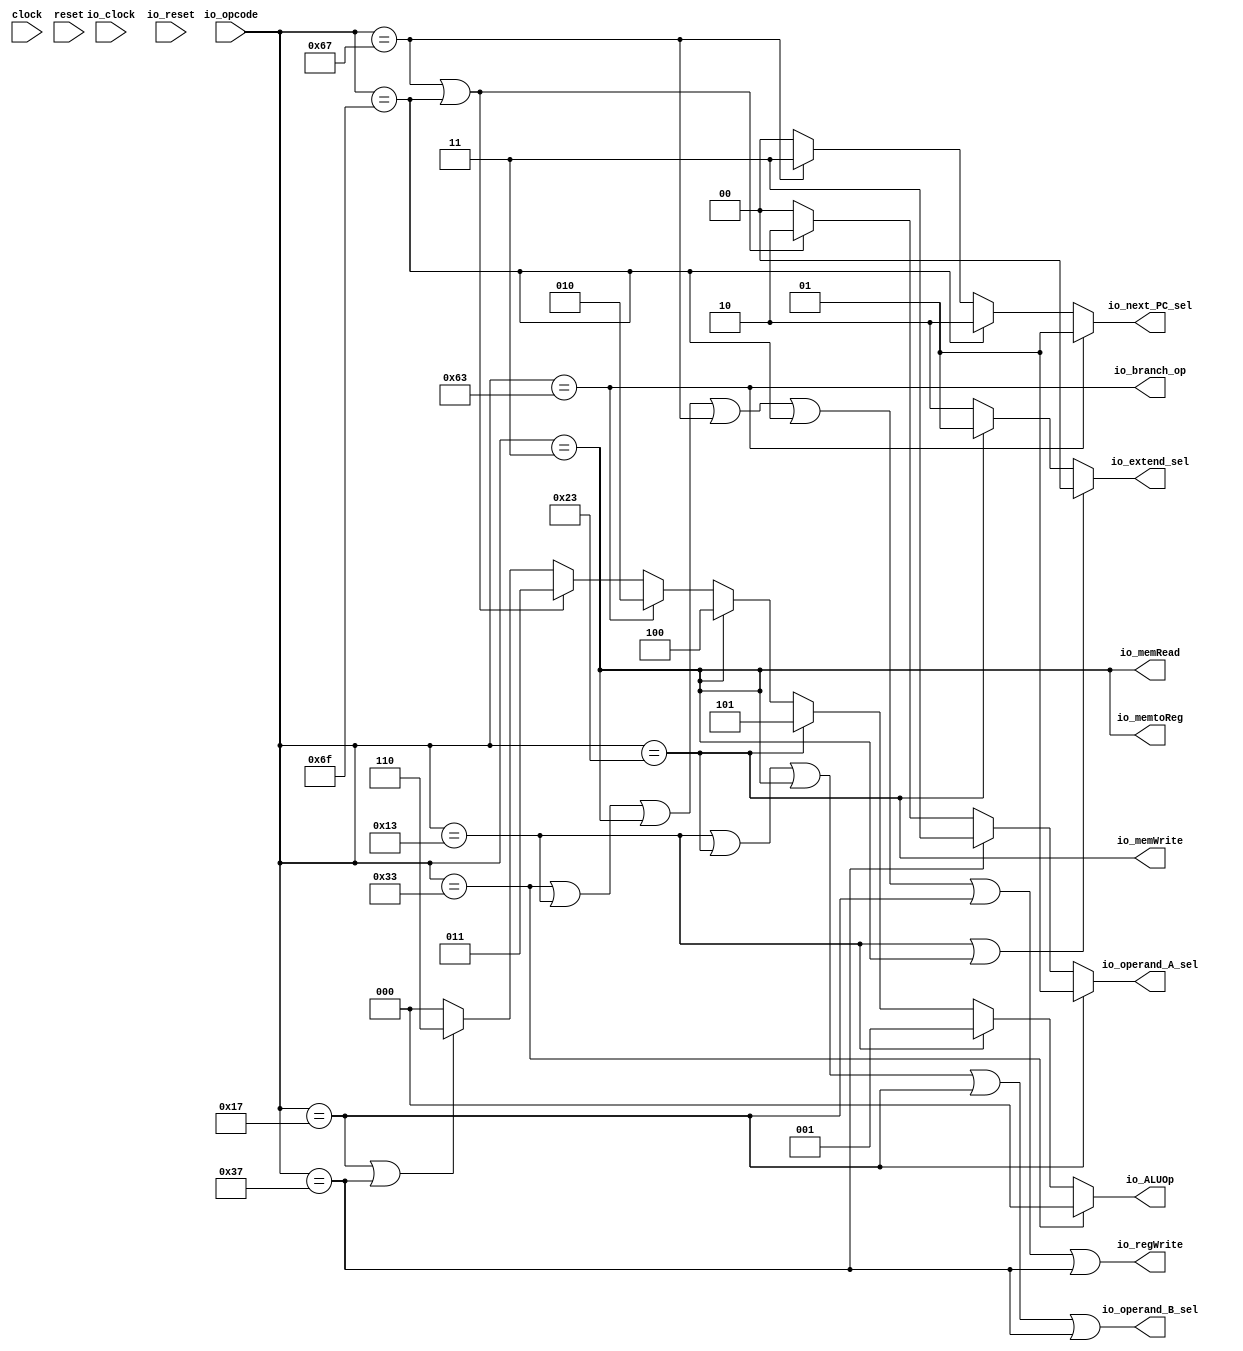
module control_unit( // @[:@3.2]
  input        clock, // @[:@4.4]
  input        reset, // @[:@5.4]
  input        io_clock, // @[:@6.4]
  input        io_reset, // @[:@6.4]
  input  [6:0] io_opcode, // @[:@6.4]
  output       io_branch_op, // @[:@6.4]
  output       io_memRead, // @[:@6.4]
  output       io_memtoReg, // @[:@6.4]
  output [2:0] io_ALUOp, // @[:@6.4]
  output [1:0] io_next_PC_sel, // @[:@6.4]
  output [1:0] io_operand_A_sel, // @[:@6.4]
  output       io_operand_B_sel, // @[:@6.4]
  output [1:0] io_extend_sel, // @[:@6.4]
  output       io_memWrite, // @[:@6.4]
  output       io_regWrite // @[:@6.4]
);
  wire  _T_31; // @[control_unit.scala 43:20:@8.4]
  wire  _T_32; // @[control_unit.scala 43:46:@9.4]
  wire  _T_33; // @[control_unit.scala 43:32:@10.4]
  wire  _T_34; // @[control_unit.scala 43:72:@11.4]
  wire  _T_35; // @[control_unit.scala 43:58:@12.4]
  wire  _T_36; // @[control_unit.scala 44:23:@13.4]
  wire  _T_37; // @[control_unit.scala 44:9:@14.4]
  wire  _T_38; // @[control_unit.scala 44:47:@15.4]
  wire  _T_39; // @[control_unit.scala 44:33:@16.4]
  wire  _T_40; // @[control_unit.scala 44:70:@17.4]
  wire  _T_41; // @[control_unit.scala 44:56:@18.4]
  wire  _T_42; // @[control_unit.scala 45:23:@19.4]
  wire  _T_46; // @[control_unit.scala 51:19:@27.4]
  wire  _T_49; // @[control_unit.scala 57:19:@34.4]
  wire  _T_70; // @[control_unit.scala 85:38:@82.14]
  wire  _T_74; // @[control_unit.scala 87:38:@89.16]
  wire [2:0] _GEN_5; // @[control_unit.scala 87:61:@90.16]
  wire [2:0] _GEN_6; // @[control_unit.scala 85:61:@83.14]
  wire [2:0] _GEN_7; // @[control_unit.scala 83:37:@76.12]
  wire [2:0] _GEN_8; // @[control_unit.scala 81:35:@71.10]
  wire [2:0] _GEN_9; // @[control_unit.scala 79:36:@66.8]
  wire [2:0] _GEN_10; // @[control_unit.scala 77:37:@61.6]
  wire [1:0] _GEN_12; // @[control_unit.scala 97:61:@109.8]
  wire [1:0] _GEN_13; // @[control_unit.scala 95:34:@102.6]
  wire  _T_88; // @[control_unit.scala 103:33:@117.4]
  wire  _T_90; // @[control_unit.scala 103:57:@119.4]
  wire  _T_92; // @[control_unit.scala 104:31:@121.4]
  wire  _T_99; // @[control_unit.scala 111:33:@132.4]
  wire [1:0] _GEN_17; // @[control_unit.scala 113:38:@138.6]
  wire [1:0] _GEN_19; // @[control_unit.scala 125:36:@162.8]
  wire [1:0] _GEN_20; // @[control_unit.scala 123:36:@157.6]
  assign _T_31 = io_opcode == 7'h33; // @[control_unit.scala 43:20:@8.4]
  assign _T_32 = io_opcode == 7'h13; // @[control_unit.scala 43:46:@9.4]
  assign _T_33 = _T_31 | _T_32; // @[control_unit.scala 43:32:@10.4]
  assign _T_34 = io_opcode == 7'h3; // @[control_unit.scala 43:72:@11.4]
  assign _T_35 = _T_33 | _T_34; // @[control_unit.scala 43:58:@12.4]
  assign _T_36 = io_opcode == 7'h67; // @[control_unit.scala 44:23:@13.4]
  assign _T_37 = _T_35 | _T_36; // @[control_unit.scala 44:9:@14.4]
  assign _T_38 = io_opcode == 7'h6f; // @[control_unit.scala 44:47:@15.4]
  assign _T_39 = _T_37 | _T_38; // @[control_unit.scala 44:33:@16.4]
  assign _T_40 = io_opcode == 7'h17; // @[control_unit.scala 44:70:@17.4]
  assign _T_41 = _T_39 | _T_40; // @[control_unit.scala 44:56:@18.4]
  assign _T_42 = io_opcode == 7'h37; // @[control_unit.scala 45:23:@19.4]
  assign _T_46 = io_opcode == 7'h23; // @[control_unit.scala 51:19:@27.4]
  assign _T_49 = io_opcode == 7'h63; // @[control_unit.scala 57:19:@34.4]
  assign _T_70 = _T_36 | _T_38; // @[control_unit.scala 85:38:@82.14]
  assign _T_74 = _T_40 | _T_42; // @[control_unit.scala 87:38:@89.16]
  assign _GEN_5 = _T_74 ? 3'h6 : 3'h0; // @[control_unit.scala 87:61:@90.16]
  assign _GEN_6 = _T_70 ? 3'h3 : _GEN_5; // @[control_unit.scala 85:61:@83.14]
  assign _GEN_7 = _T_49 ? 3'h2 : _GEN_6; // @[control_unit.scala 83:37:@76.12]
  assign _GEN_8 = _T_34 ? 3'h4 : _GEN_7; // @[control_unit.scala 81:35:@71.10]
  assign _GEN_9 = _T_46 ? 3'h5 : _GEN_8; // @[control_unit.scala 79:36:@66.8]
  assign _GEN_10 = _T_32 ? 3'h1 : _GEN_9; // @[control_unit.scala 77:37:@61.6]
  assign _GEN_12 = _T_70 ? 2'h2 : 2'h0; // @[control_unit.scala 97:61:@109.8]
  assign _GEN_13 = _T_42 ? 2'h3 : _GEN_12; // @[control_unit.scala 95:34:@102.6]
  assign _T_88 = _T_32 | _T_46; // @[control_unit.scala 103:33:@117.4]
  assign _T_90 = _T_88 | _T_34; // @[control_unit.scala 103:57:@119.4]
  assign _T_92 = _T_90 | _T_40; // @[control_unit.scala 104:31:@121.4]
  assign _T_99 = _T_32 | _T_34; // @[control_unit.scala 111:33:@132.4]
  assign _GEN_17 = _T_46 ? 2'h1 : 2'h2; // @[control_unit.scala 113:38:@138.6]
  assign _GEN_19 = _T_36 ? 2'h3 : 2'h0; // @[control_unit.scala 125:36:@162.8]
  assign _GEN_20 = _T_38 ? 2'h2 : _GEN_19; // @[control_unit.scala 123:36:@157.6]
  assign io_branch_op = io_opcode == 7'h63; // @[control_unit.scala 58:18:@36.6 control_unit.scala 60:18:@39.6]
  assign io_memRead = io_opcode == 7'h3; // @[control_unit.scala 64:16:@43.6 control_unit.scala 66:16:@46.6]
  assign io_memtoReg = io_opcode == 7'h3; // @[control_unit.scala 70:17:@50.6 control_unit.scala 72:17:@53.6]
  assign io_ALUOp = _T_31 ? 3'h0 : _GEN_10; // @[control_unit.scala 76:14:@57.6 control_unit.scala 78:14:@62.8 control_unit.scala 80:14:@67.10 control_unit.scala 82:14:@72.12 control_unit.scala 84:14:@77.14 control_unit.scala 86:14:@84.16 control_unit.scala 88:14:@91.18 control_unit.scala 90:14:@94.18]
  assign io_next_PC_sel = _T_49 ? 2'h1 : _GEN_20; // @[control_unit.scala 122:20:@153.6 control_unit.scala 124:20:@158.8 control_unit.scala 126:20:@163.10 control_unit.scala 128:21:@166.10]
  assign io_operand_A_sel = _T_40 ? 2'h1 : _GEN_13; // @[control_unit.scala 94:22:@98.6 control_unit.scala 96:22:@103.8 control_unit.scala 98:22:@110.10 control_unit.scala 100:22:@113.10]
  assign io_operand_B_sel = _T_92 | _T_42; // @[control_unit.scala 106:22:@125.6 control_unit.scala 108:22:@128.6]
  assign io_extend_sel = _T_99 ? 2'h0 : _GEN_17; // @[control_unit.scala 112:19:@134.6 control_unit.scala 114:19:@139.8 control_unit.scala 116:19:@146.10 control_unit.scala 118:19:@149.10]
  assign io_memWrite = io_opcode == 7'h23; // @[control_unit.scala 52:18:@29.6 control_unit.scala 54:18:@32.6]
  assign io_regWrite = _T_41 | _T_42; // @[control_unit.scala 46:18:@22.6 control_unit.scala 48:18:@25.6]
endmodule